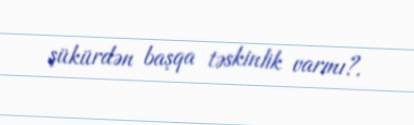
şükürdən başqa təskinlik varmı?.